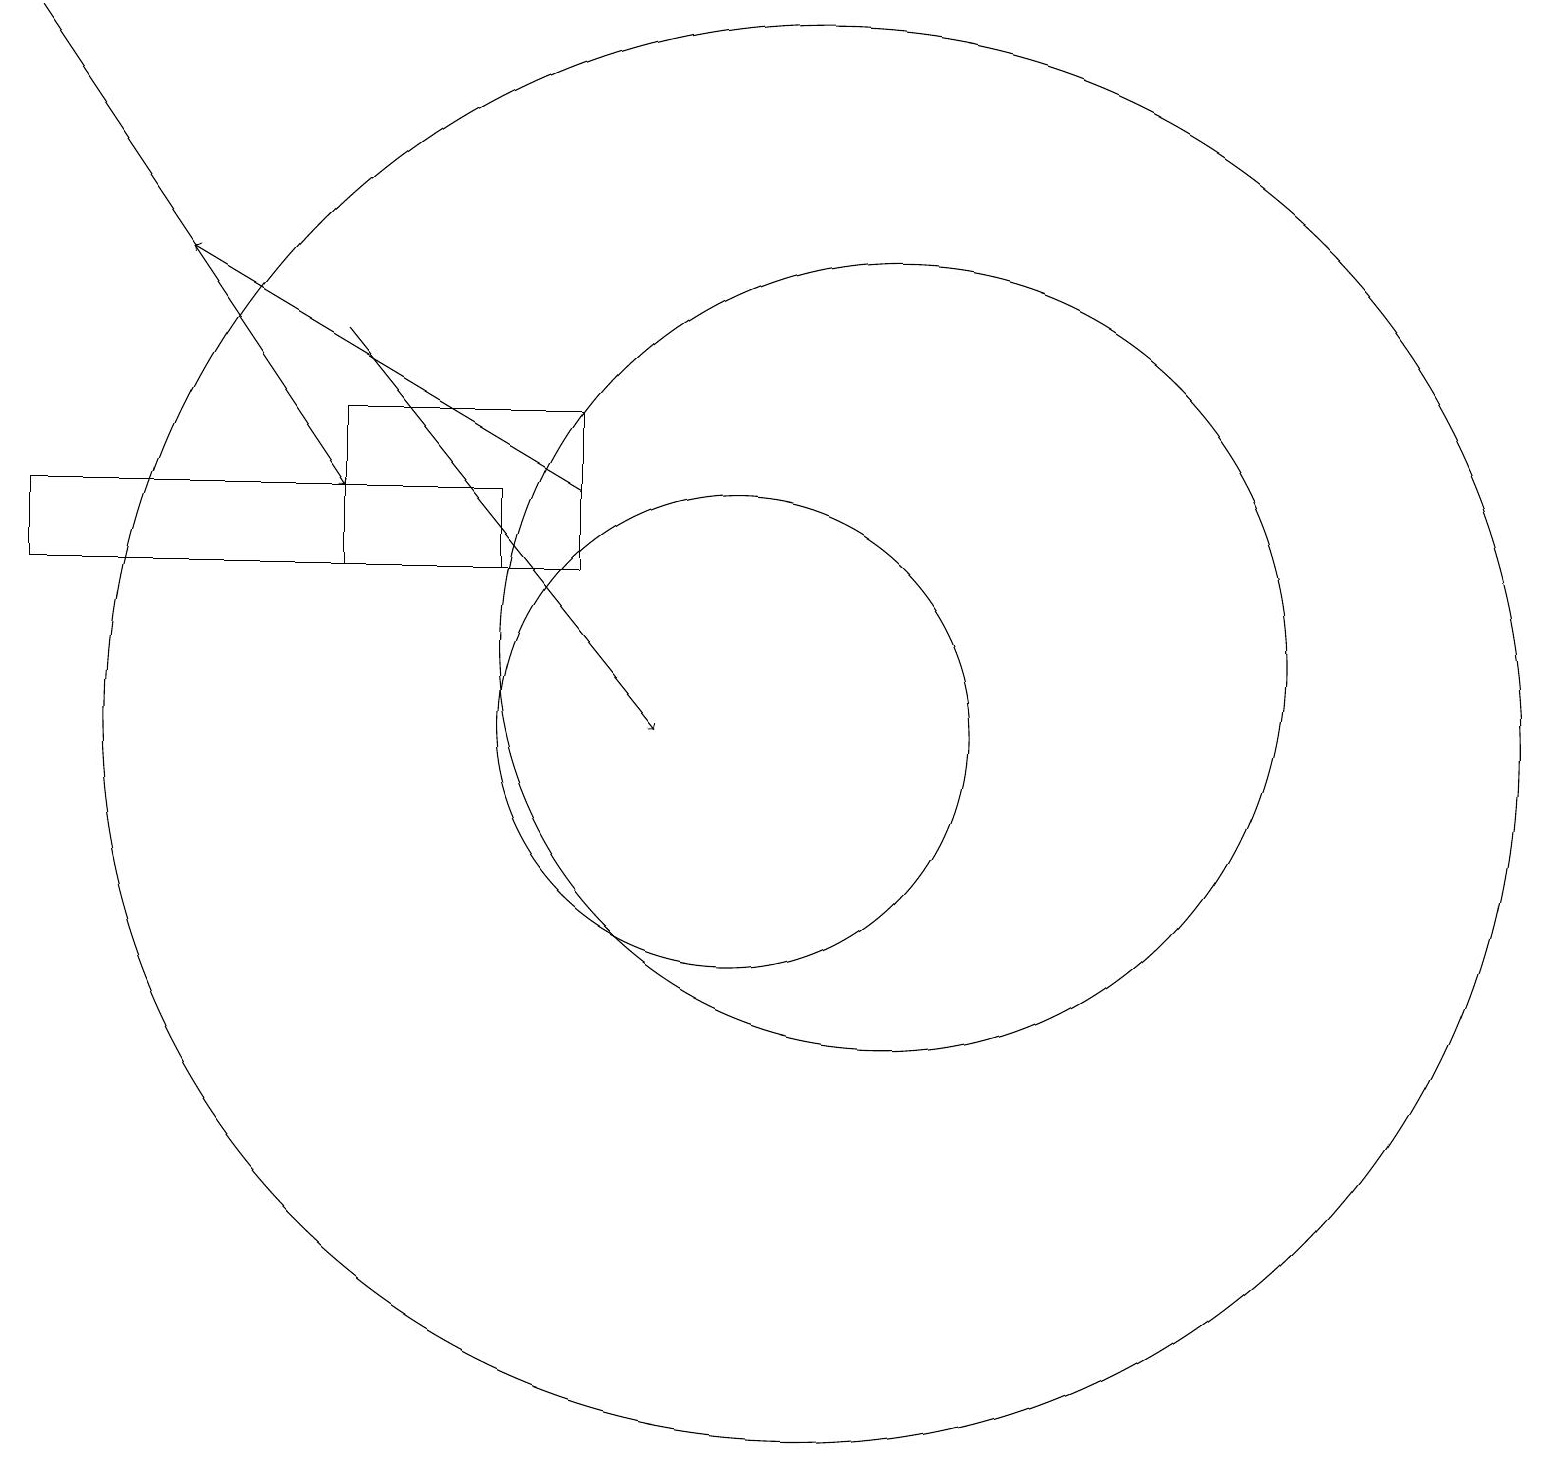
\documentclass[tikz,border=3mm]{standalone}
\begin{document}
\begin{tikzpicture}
\draw (5,12) rectangle (8,14);
\draw (12,11) circle (5);
\draw[->] (1,19) -- (5,13);
\draw[->] (5,15) -- (9,10);
\draw[->] (8,13) -- (3,16);
\draw (10,10) circle (3);
\draw (11,10) circle (9);
\draw (1,13) rectangle (7,12);
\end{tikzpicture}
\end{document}